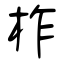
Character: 柞